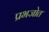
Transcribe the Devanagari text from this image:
प्रभजोत